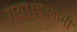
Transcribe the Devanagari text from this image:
गया।इस्लामी